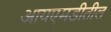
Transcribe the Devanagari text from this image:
आयएमडीतील